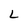
Character: L